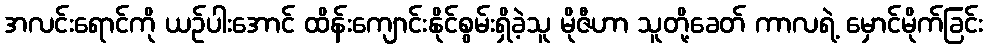
အလင်းရောင်ကို ယဉ်ပါးအောင် ထိန်းကျောင်းနိုင်စွမ်းရှိခဲ့သူ မိုဇီဟာ သူတို့ခေတ် ကာလရဲ့ မှောင်မိုက်ခြင်း